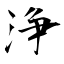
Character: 浄